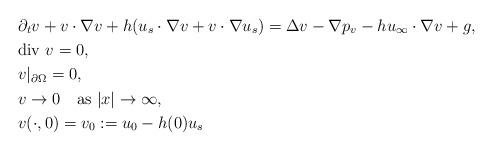
LaTeX: \begin{align*}&\partial_tv+v\cdot\nabla v+h(u_s\cdot\nabla v+v\cdot\nabla u_s)=\Delta v-\nabla p_v-hu_\infty\cdot\nabla v+g, \\&\mbox{div $v$}=0, \\&v|_{\partial\Omega}=0, \\&v\to 0 \quad\mbox{as $|x|\to\infty$}, \\&v(\cdot,0)=v_0:=u_0-h(0)u_s \\\end{align*}